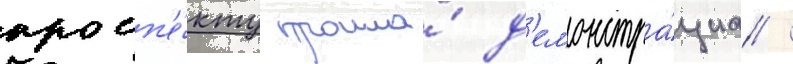
просп'е́кту прошла́ д'емонстра́циа /